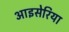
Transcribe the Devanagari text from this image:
आइसेरिया